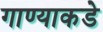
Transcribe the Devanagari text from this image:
गाण्याकडे